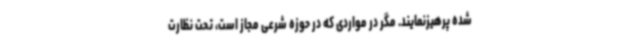
شده پرهیزنمایند. مگر در مواردی که در حوزه شرعی مجاز است، تحت نظارت